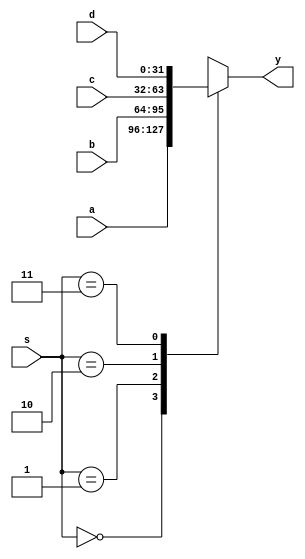
`timescale 1ns / 1ps
//////////////////////////////////////////////////////////////////////////////////
// Company: 
// Engineer: 
// 
// Design Name: 
// Module Name: mux4_8
// Project Name: 
// Target Devices: 
// Tool Versions: 
// Description: 
// 
// Dependencies: 
// 
// Revision:
// Revision 0.01 - File Created
// Additional Comments:
// 
//////////////////////////////////////////////////////////////////////////////////


module mux4_8
    #(parameter WIDTH = 32)
    (output reg [WIDTH - 1:0] y, 
    input [WIDTH - 1:0] a, b, c, d, 
    input [1:0] s
    );
always @(*) begin
    case (s)
        0: y = a;
        1: y = b;
        2: y = c;
        3: y = d; 
    endcase
end
endmodule